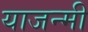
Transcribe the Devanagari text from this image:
याजन्मी